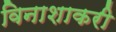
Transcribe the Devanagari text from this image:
विनाशाकरी